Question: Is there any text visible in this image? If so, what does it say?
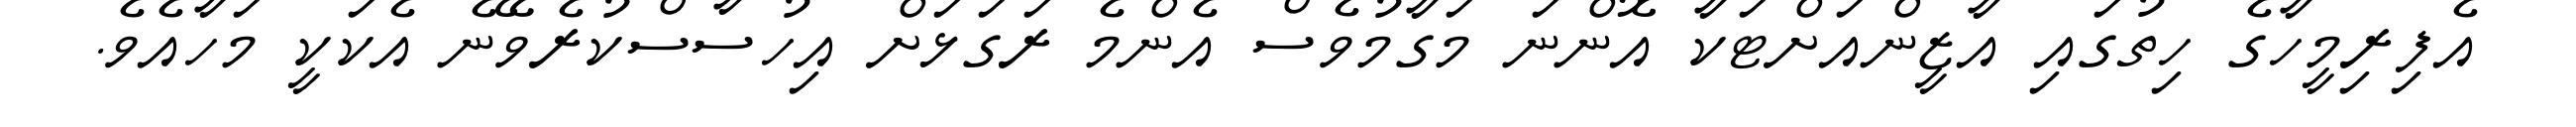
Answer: އެފިރިމީހާގެ ހިތުގައި އާޒީންއަށްޓަކާ އޮންނަ މަގާމުވެސް އެންމެ ރަގަޅަށް އިހުސާސްކުރެވޭނެ އެކަކީ މަހާއެވެ.